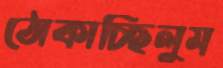
ঠোকাচ্ছিলুম